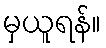
မှယူရန်။